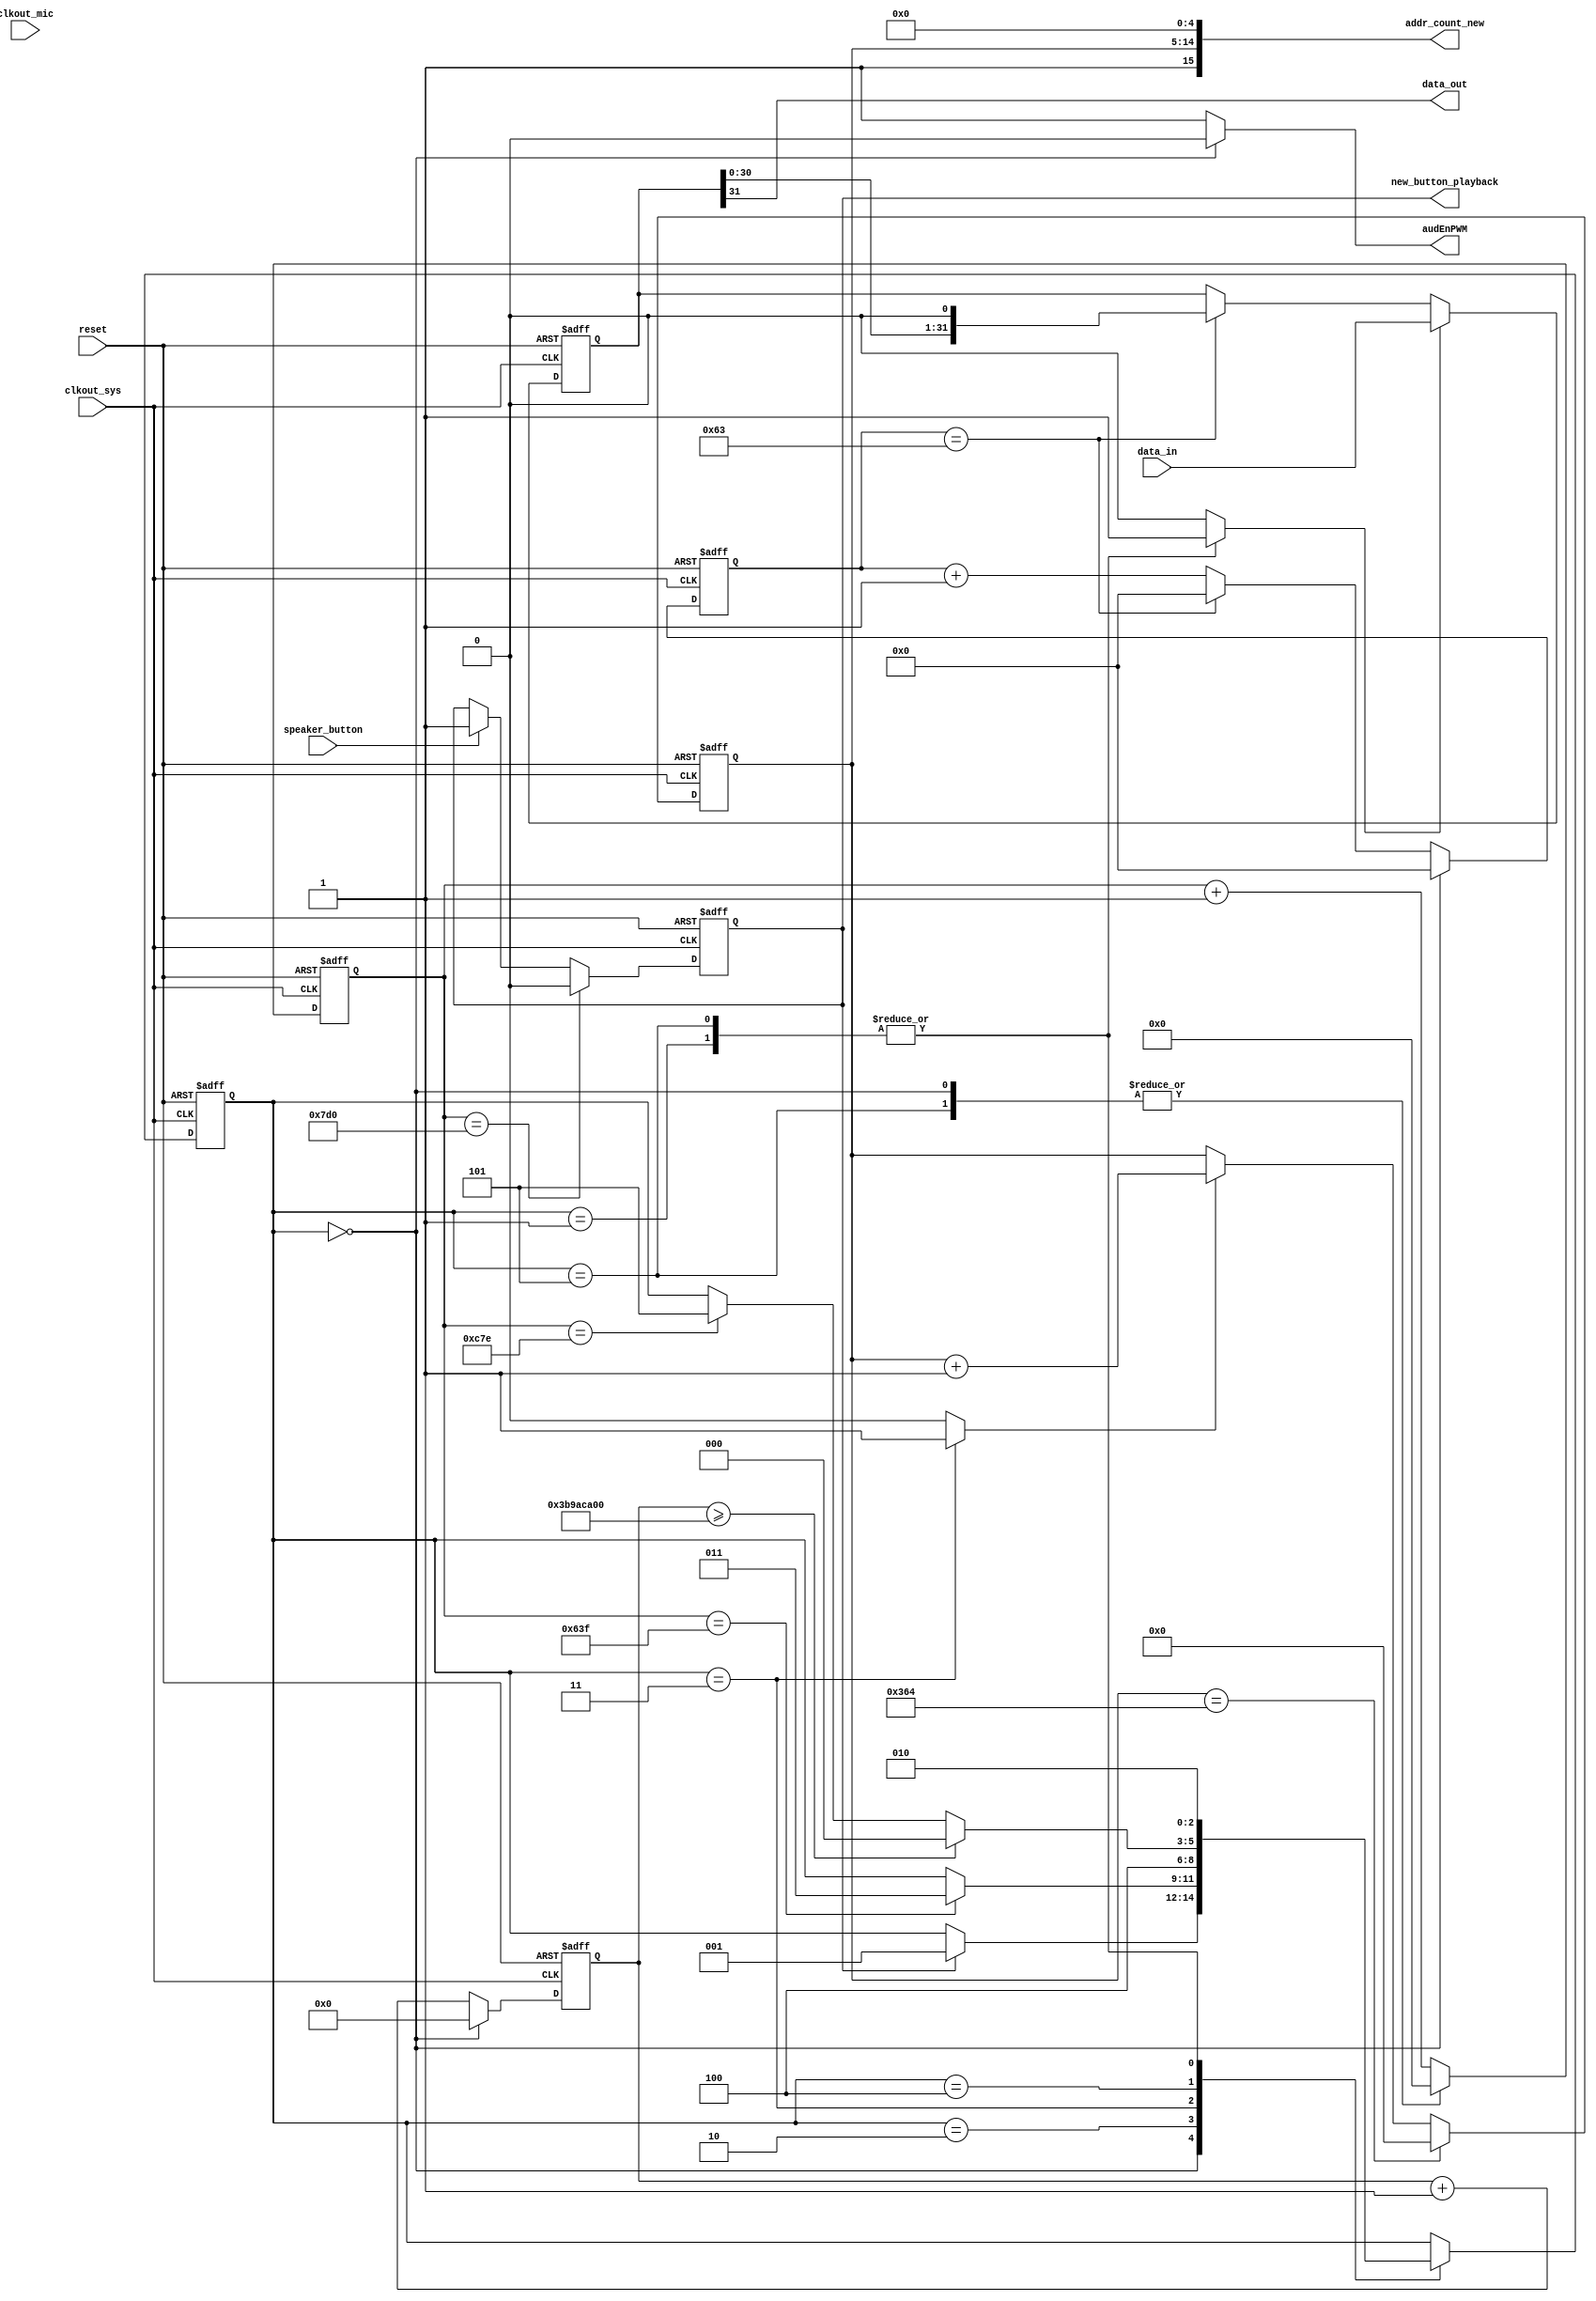
//part B odigisi data sto ixeio tis FPGA

module speaker(clkout_sys, clkout_mic, reset, speaker_button, addr_count_new, data_in, data_out, audEnPWM, new_button_playback);

input clkout_sys, reset, speaker_button, clkout_mic;
input [31:0] data_in;
output data_out;
//output reg [15:0] addr_count;
output [15:0] addr_count_new;
output reg audEnPWM;
output reg new_button_playback;
/* PISO variables */
reg [31:0] tmp;
//reg [31:0] data_in;   
reg load;    

/* FSM variables */
reg counter_enable, addr_enable;
reg [11:0] counter;
reg [2:0] current_state, next_state;

reg [9:0] addr_count;
reg [6:0] counter_shifter;
reg counter_shifter_enable;

/* metavlites gia counter playback */
reg [29:0] counter_playback;
reg counter_playback_enable;

always @(posedge clkout_sys or posedge reset)
begin
    if(reset)
        counter_shifter <= 0;
    else if(counter_shifter_enable)
    begin
        if (counter_shifter == 7'd99)
            counter_shifter <= 0;
        else
            counter_shifter <= counter_shifter + 7'd1;
    end
    else
        counter_shifter <= 0;
end


always @(posedge clkout_sys or posedge reset)
begin
   if(reset)
      new_button_playback <= 0;
   else
   begin
      if (counter == 11'd2000)      // thelei allo xrono
        new_button_playback <= 0;
      else if (speaker_button)
        new_button_playback <= 1;
   end
end

/*Parrarel input Serial output */
always @(posedge clkout_sys or posedge reset)
begin
    if(reset)
        tmp <= 32'b0;
    else
    begin
        if(load)
            tmp <= data_in;
        else if (counter_shifter == 7'd99)
            tmp <= tmp << 1;
            //tmp <= {tmp[30:0], 0};
    end
end

assign data_out = tmp[31];


// FSM
parameter idle_state = 3'b000,
            first_load = 3'b001,
            serialisation = 3'b010,
            addr_add = 3'b011,
            last_bits_serialization = 3'b100,
            loading = 3'b101;


always @(posedge clkout_sys or posedge reset)
begin
    if(reset)
        current_state <= idle_state;
    else
        current_state <= next_state;
end

always @(current_state  or counter or new_button_playback)
begin
    addr_enable = 0;
    counter_enable = 1;
    load = 0;
    audEnPWM = 1;
    next_state = current_state;
    counter_shifter_enable = 1;
    counter_playback_enable = 1;
    
    case(current_state)
    idle_state: 
    begin
        counter_playback_enable = 0;
        audEnPWM = 0;
        //load = 1;
        counter_shifter_enable = 0; 
        counter_enable = 0;
        if(new_button_playback)  
            next_state = first_load;
        else
            next_state = current_state;
    end

    // audio_enable:       // mallon peritoviva
    // begin
    //     audEnPWM = 1;
    //     next_state = first_load;
    // end

    first_load:
    begin
        load = 1;
        counter_shifter_enable = 1; 
        //if(counter == 5'd30)
        //if(counter == 11'd1278)
        next_state = serialisation;
        // else
        //     next_state = current_state;
    end

    serialisation:
    begin
        //load = 1;
        //if(counter == 5'd16)
        //if(counter == 11'd640)
        if(counter == 12'd1599)
            next_state = addr_add;
        else
            next_state = current_state;
    end

    addr_add:     // mesi toy minimatos gia na allaxei noris i dieuthinsi tis BRAM
    begin
        addr_enable = 1;
        next_state = last_bits_serialization;
    end

    last_bits_serialization:
    begin
        //load = 1;
        //addr_enable = 1;
        if(counter_playback >= 30'd1000000000)
            next_state = idle_state;
        else if(counter == 12'd3198) // -3 gia na ipologiso ola ta states
            next_state = loading;     
        else
            next_state = current_state;
    end

    // first_load:
    // begin
    //     //if(counter == 5'd30)
    //     if(counter == 11'd1278)
    //         next_state = loading;
    //     else
    //         next_state = current_state;
    // end
    loading:
    begin
        load = 1;
        counter_enable = 0;
        //counter_shifter_enable = 0;
        next_state = serialisation;
    end
    endcase
end


/*counter for time */
always @(posedge clkout_sys or posedge reset)
begin
    if(reset)
        counter <= 12'b0;
    else
    begin
        if(counter_enable == 1)
            counter <= counter + 12'b1;
        else
            counter <= 12'b0;
    end
end

/* counter for addr */
always @(posedge clkout_sys or posedge reset)
begin
    if(reset)
        addr_count <= 10'b0;
    else
    begin
        if (addr_count == 10'd868)  // -2 gia na ipologiso kai ton kiklo allagis 
            addr_count <= 10'b0;
        else if (addr_enable == 1)      // gia na kanei reset kathe fora
            addr_count <= addr_count + 10'b1;
    end
end

assign addr_count_new = {1'b1, addr_count, 5'b00000};
//assign addr_count_new = 16'b0000000000100000;

/* counter poy metraei 5 sec gia na stamatisei na paizei to minima */
always @(posedge clkout_sys or posedge reset)
begin
    if(reset)
        counter_playback <= 30'b0;
    else
    begin
        if(counter_playback_enable == 1)
            counter_playback <= counter_playback + 30'b1;
        else
            counter_playback <= 30'b0;
    end
end


endmodule